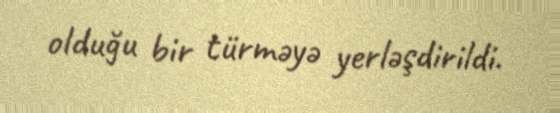
olduğu bir türməyə yerləşdirildi.